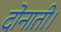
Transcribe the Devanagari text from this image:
दोनाती।